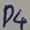
Text: D4